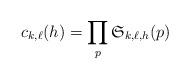
LaTeX: \begin{align*} c_{k,\ell}(h) = \prod_{p} \mathfrak{S}_{k,\ell,h}(p)\end{align*}